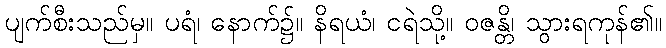
ပျက်စီးသည်မှ။ ပရံ၊ နောက်၌။ နိရယံ၊ ငရဲသို့။ ဝဇန္တိ၊ သွားရကုန်၏။